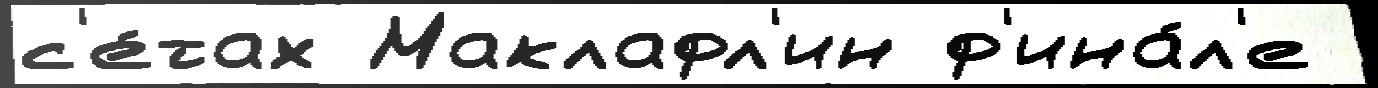
с'е́тах Маклафл'ин ф'ина́л'е